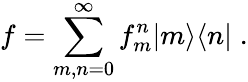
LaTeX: f=\sum_{m,n=0}^{\infty}f_{m}^{n}|m\rangle\langle n|\; .